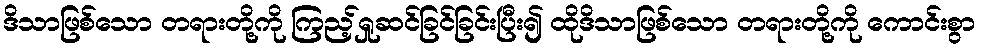
ဒိသာဖြစ်သော တရားတို့ကို ကြည့်ရှုဆင်ခြင်ခြင်းပြီး၍ ထိုဒိသာဖြစ်သော တရားတို့ကို ကောင်းစွာ